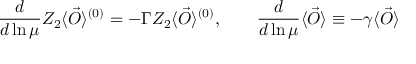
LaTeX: \frac { d } { d \ln \mu } Z _ { 2 } \langle \vec { O } \rangle ^ { ( 0 ) } = - \Gamma Z _ { 2 } \langle \vec { O } \rangle ^ { ( 0 ) } , \qquad \frac { d } { d \ln \mu } \langle \vec { O } \rangle \equiv - \gamma \langle \vec { O } \rangle